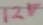
Text: 12V